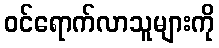
ဝင်ရောက်လာသူများကို